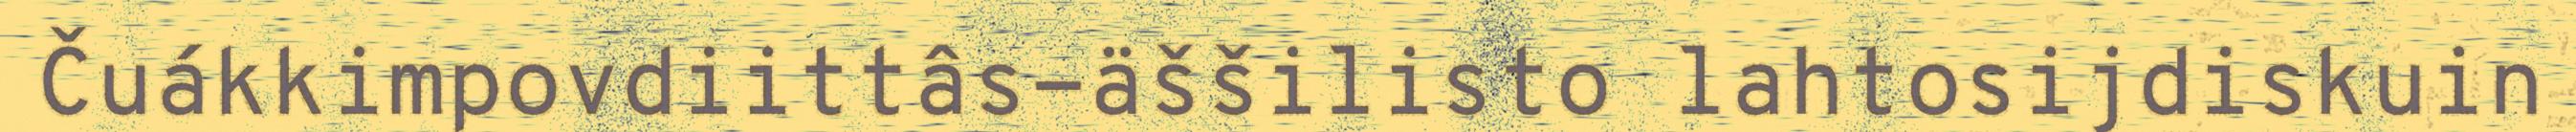
Čuákkimpovdiittâs-äššilisto lahtosijdiskuin